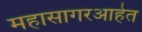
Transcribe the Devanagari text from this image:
महासागरआहेत